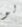
لو